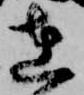
在